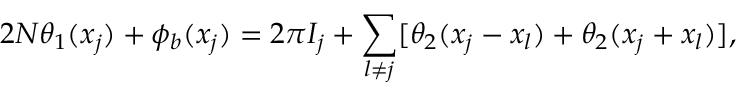
2 N \theta _ { 1 } ( x _ { j } ) + \phi _ { b } ( x _ { j } ) = 2 \pi I _ { j } + \sum _ { l \neq j } [ \theta _ { 2 } ( x _ { j } - x _ { l } ) + \theta _ { 2 } ( x _ { j } + x _ { l } ) ] ,